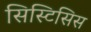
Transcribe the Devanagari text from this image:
सिस्टिसिस